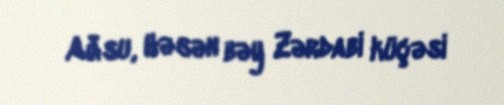
Ağsu, Həsən bəy Zərdabi küçəsi